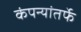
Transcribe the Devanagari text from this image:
कंपन्यांतर्फे